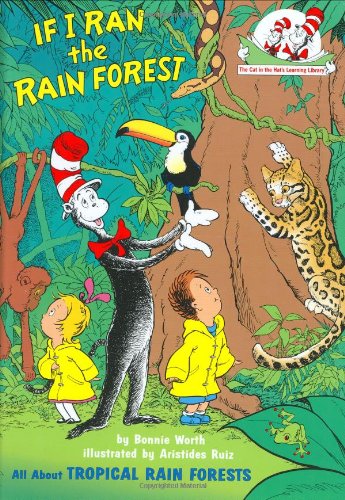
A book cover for If I Ran the Rain Forest: All About Tropical Rain Forests (Cat in the Hat's Learning Library); Bonnie Worth; Science & Math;